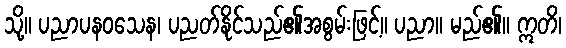
သို့။ ပညာပနဝသေန၊ ပညတ်နိုင်သည်၏အစွမ်းဖြင့်။ ပညာ။ မည်၏။ ဣတိ၊